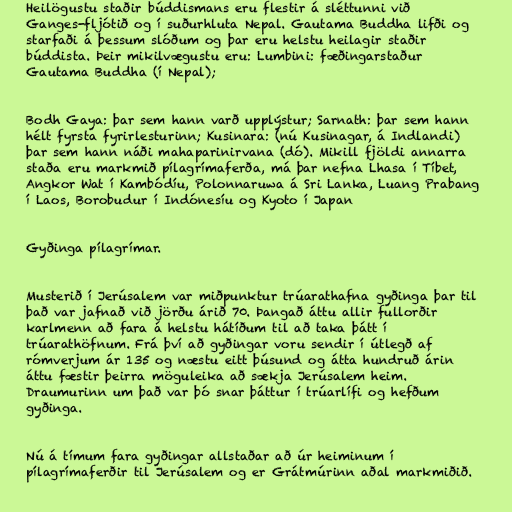
Heilögustu staðir búddismans eru flestir á sléttunni við
Ganges-fljótið og í suðurhluta Nepal. Gautama Buddha lifði og
starfaði á þessum slóðum og þar eru helstu heilagir staðir
búddista. Þeir mikilvægustu eru: Lumbini: fæðingarstaður
Gautama Buddha (í Nepal);

Bodh Gaya: þar sem hann varð upplýstur; Sarnath: þar sem hann
hélt fyrsta fyrirlesturinn; Kusinara: (nú Kusinagar, á Indlandi)
þar sem hann náði mahaparinirvana (dó). Mikill fjöldi annarra
staða eru markmið pílagrímaferða, má þar nefna Lhasa í Tíbet,
Angkor Wat í Kambódíu, Polonnaruwa á Sri Lanka, Luang Prabang
í Laos, Borobudur í Indónesíu og Kyoto í Japan

Gyðinga pílagrímar.

Musterið í Jerúsalem var miðpunktur trúarathafna gyðinga þar til
það var jafnað við jörðu árið 70. Þangað áttu allir fullorðir
karlmenn að fara á helstu hátíðum til að taka þátt í
trúarathöfnum. Frá því að gyðingar voru sendir í útlegð af
rómverjum ár 135 og næstu eitt þúsund og átta hundruð árin
áttu fæstir þeirra möguleika að sækja Jerúsalem heim.
Draumurinn um það var þó snar þáttur í trúarlífi og hefðum
gyðinga.

Nú á tímum fara gyðingar allstaðar að úr heiminum í
pílagrímaferðir til Jerúsalem og er Grátmúrinn aðal markmiðið.